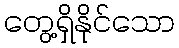
တွေ့ရှိနိုင်သော